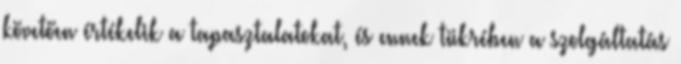
követően értékelik a tapasztalatokat, és ennek tükrében a szolgáltatás